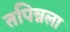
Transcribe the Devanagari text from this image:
तपिन्नला